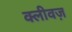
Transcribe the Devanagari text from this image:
क्लीवज़